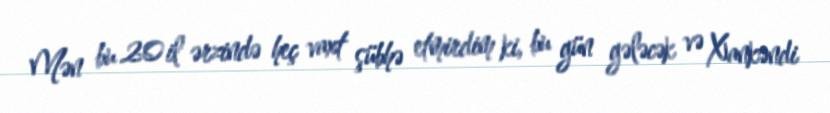
Mən bu 20 il ərzində heç vaxt şübhə etmirdim ki, bu gün gələcək və Xankəndi